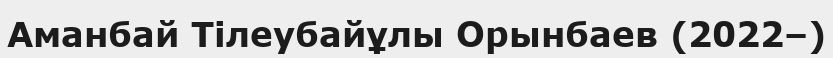
Аманбай Тілеубайұлы Орынбаев (2022–)